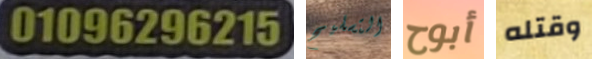
01069296215 التسليح أبوح وقتله